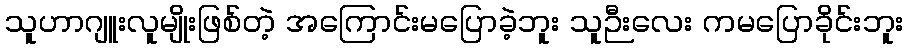
သူဟာဂျူးလူမျိုးဖြစ်တဲ့ အကြောင်းမပြောခဲ့ဘူး သူဉီးလေး ကမပြောခိုင်းဘူး